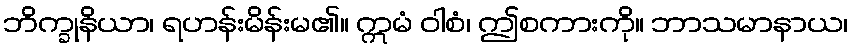
ဘိက္ခုနိယာ၊ ရဟန်းမိန်းမ၏။ ဣမံ ဝါစံ၊ ဤစကားကို။ ဘာသမာနာယ၊